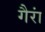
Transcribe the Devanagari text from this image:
गैरां